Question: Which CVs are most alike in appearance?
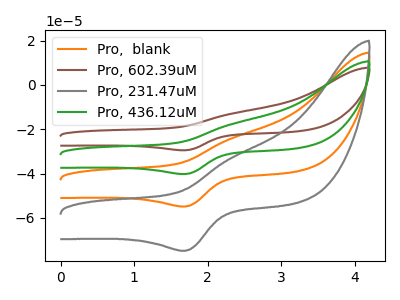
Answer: <think>The orange curve "Pro,  blank" has an anodic peak at (2.35V, -24.00uA) and a cathodic peak at (1.70V, -54.85uA). The brown curve "Pro, 602.39uM" has an anodic peak at (2.35V, -72.00uA) and a cathodic peak at (1.70V, -164.50uA). The gray curve "Pro, 231.47uM" has an anodic peak at (2.35V, -32.75uA) and a cathodic peak at (1.70V, -74.80uA). The green curve "Pro, 436.12uM" has an anodic peak at (2.35V, -48.00uA) and a cathodic peak at (1.70V, -109.65uA).
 All the peaks in "Pro,  blank" have a peak in "Pro, 602.39uM" at the same potential. All the peaks in "Pro,  blank" have a peak in "Pro, 231.47uM" at the same potential. All the peaks in "Pro,  blank" have a peak in "Pro, 436.12uM" at the same potential. All the peaks in "Pro, 602.39uM" have a peak in "Pro, 231.47uM" at the same potential. All the peaks in "Pro, 602.39uM" have a peak in "Pro, 436.12uM" at the same potential. All the peaks in "Pro, 231.47uM" have a peak in "Pro, 436.12uM" at the same potential.</think>
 <answer>"Pro, 231.47uM", "Pro,  blank", "Pro, 602.39uM" and "Pro, 436.12uM" have the same shape and are likely CV's of the same chemical.</answer>
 <eval>"Pro, 231.47uM" "Pro,  blank" "Pro, 602.39uM" "Pro, 436.12uM"</eval>